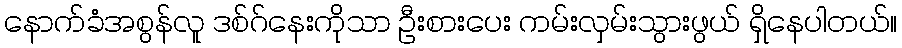
နောက်ခံအစွန်လူ ဒစ်ဂ်နေးကိုသာ ဦးစားပေး ကမ်းလှမ်းသွားဖွယ် ရှိနေပါတယ်။